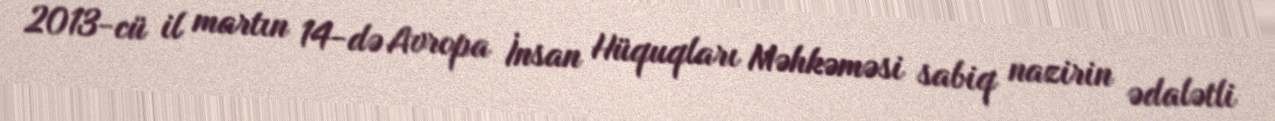
2013-cü il martın 14-də Avropa İnsan Hüquqları Məhkəməsi sabiq nazirin ədalətli